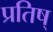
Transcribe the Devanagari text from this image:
प्रतिष्